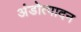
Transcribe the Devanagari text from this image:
अंडोत्पादन